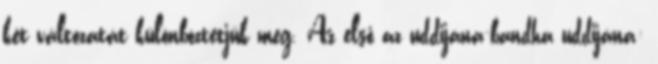
két változatát különböztetjük meg. Az első az uddijána-bandha uddijána: